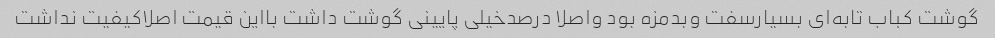
گوشت کباب تابه‌ای بسیارسفت وبدمزه بود واصلا درصدخیلی پایینی گوشت داشت بااین قیمت اصلاکیفیت نداشت